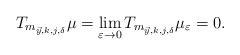
LaTeX: \begin{align*}T_{m_{\vec{y},k,j,\delta}}\mu = \lim_{\varepsilon \to 0}T_{m_{\vec{y},k,j,\delta}} \mu_\varepsilon =0.\end{align*}